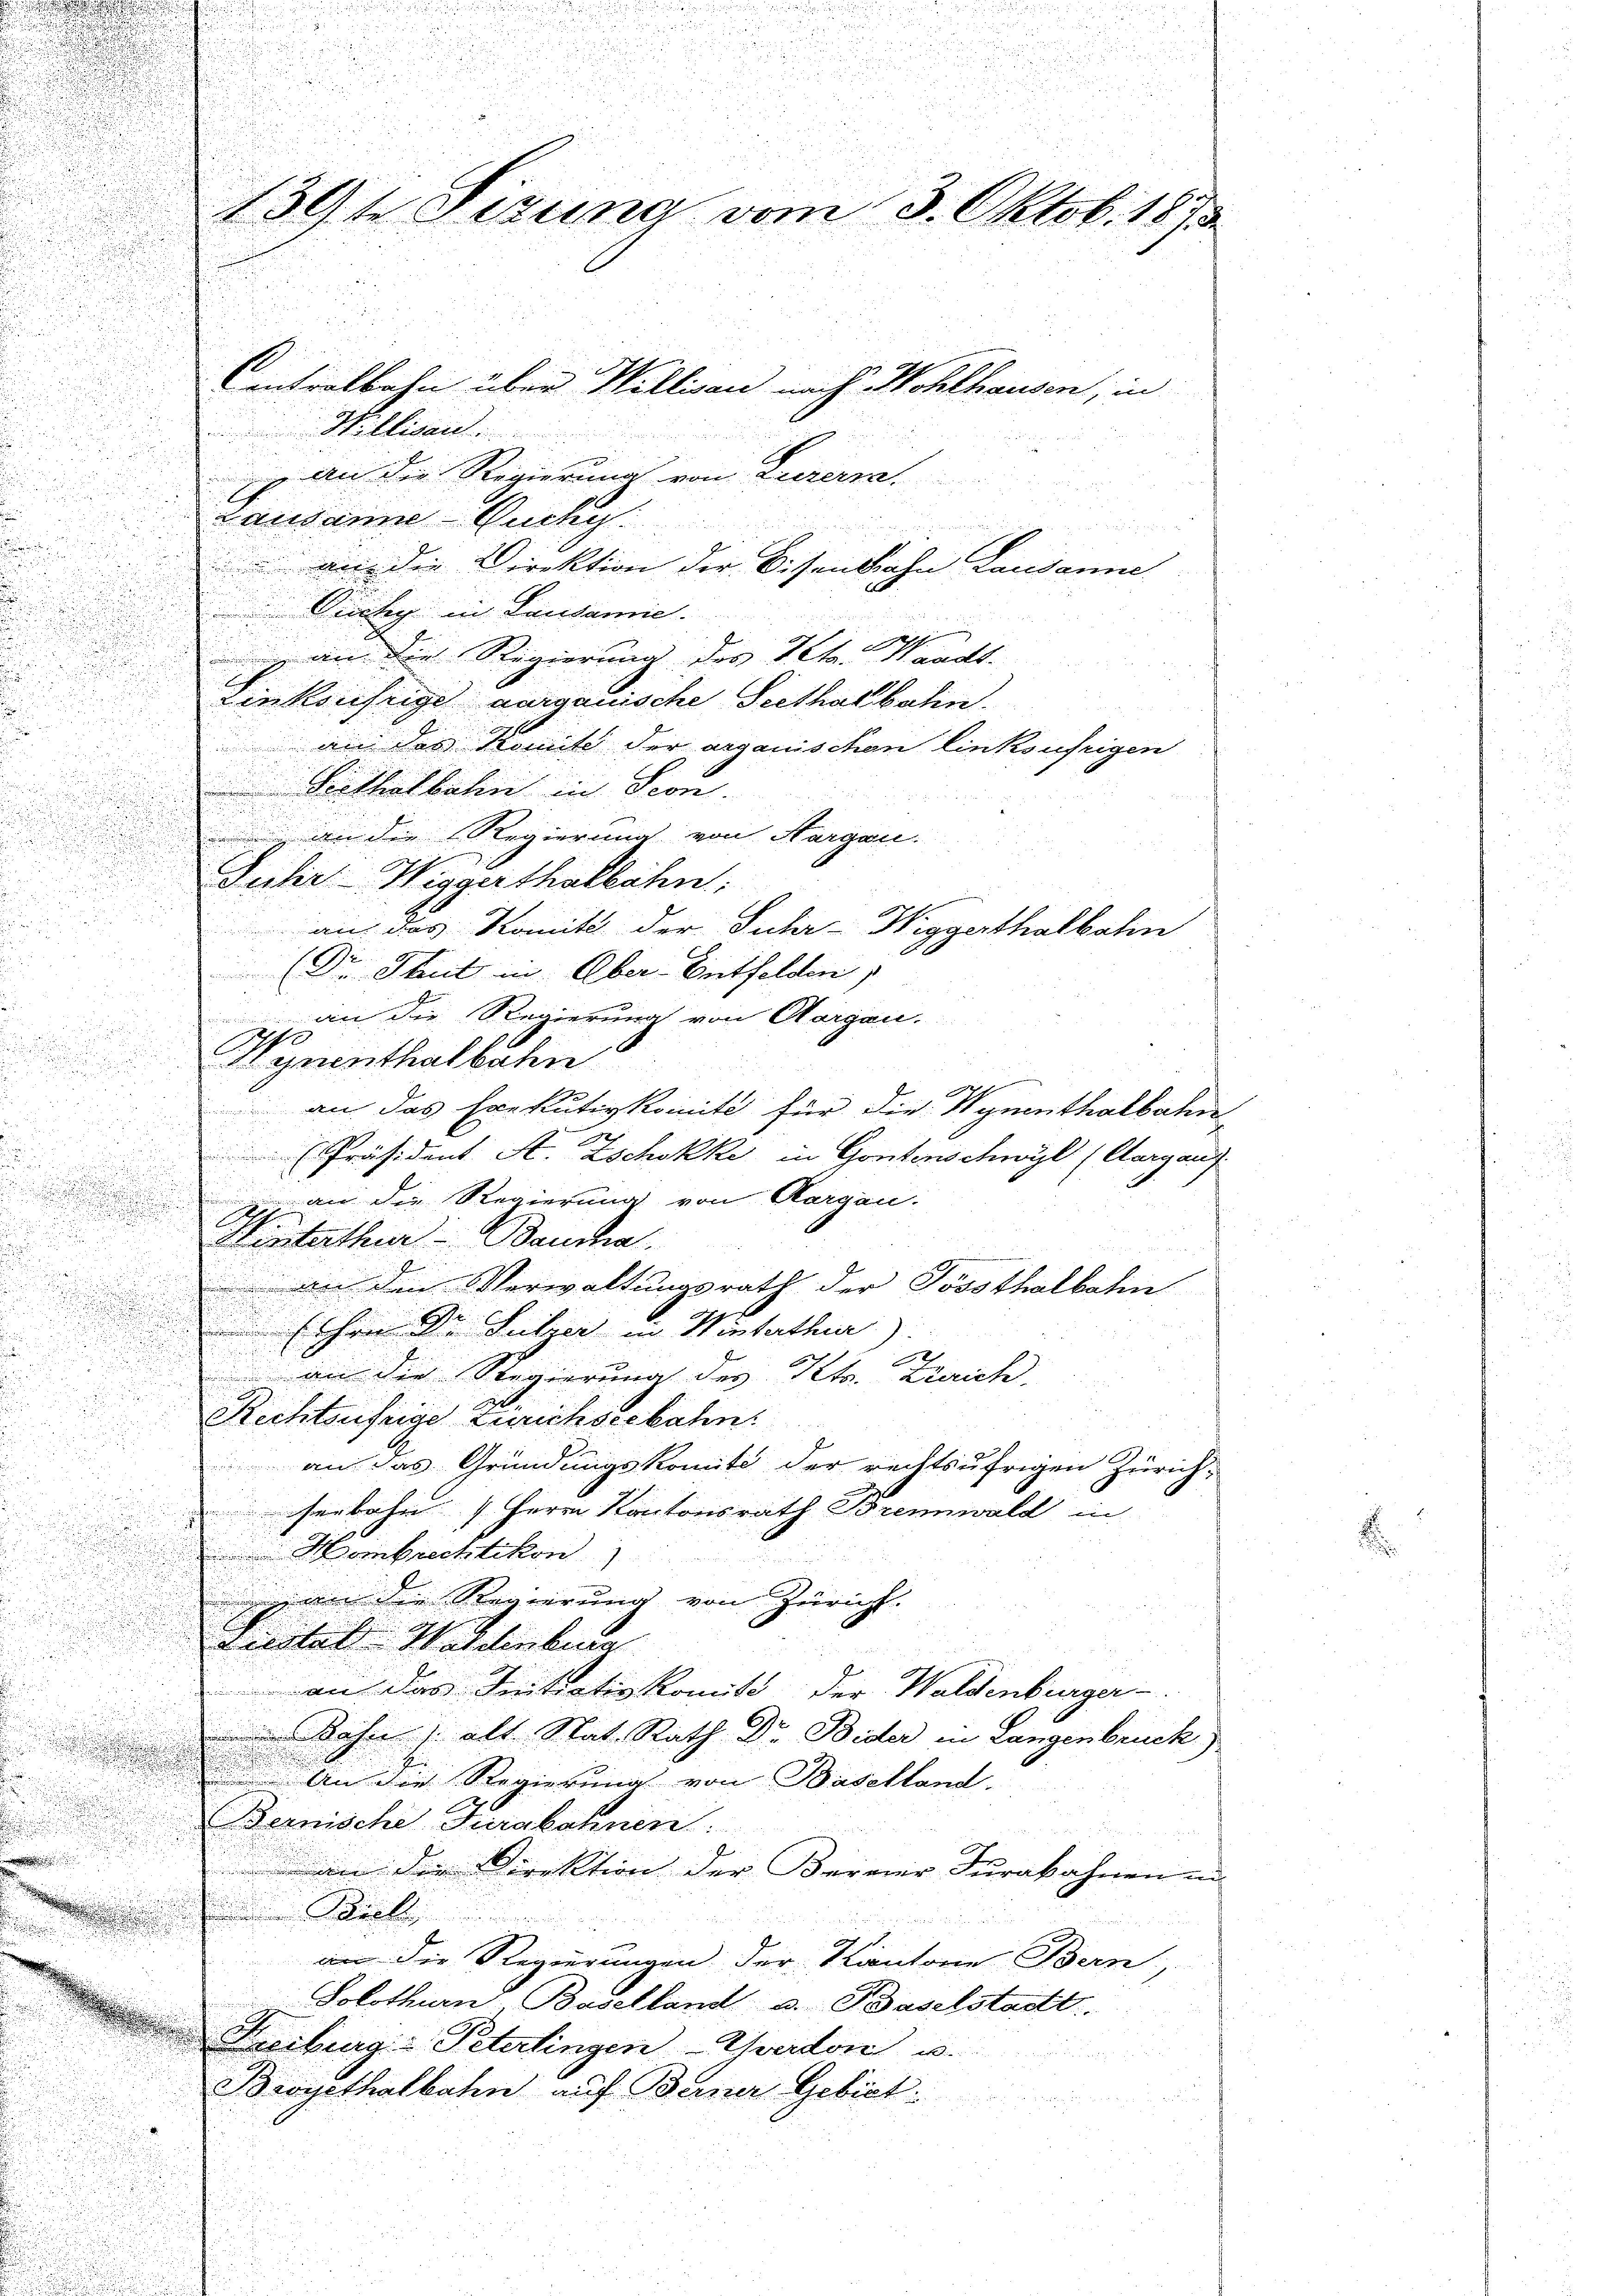
Eintralbahn über Willisau nach Wohlhausen, in
 Wallisard
 An die Regierung von Luzerra
Lausanne Buchy
i

 an die Direktion der Eisenbahn Lausanne
uchig in Laudame.
Ach
 an die Regierung des Petr. Waadt.
e
Einkonstige aargauische Seethaltbahn.
u
an des Komite der argauischen linksufrigen
Soithalbahn in Seon
, an die Regierung von Aargau.
Juhr-Wiggerthalbahn
an das Komit der Fuhr-Wiggerthalbahn
(Dr. Thut in Ober Entfelden
an die Regierung von Aargau.
.
.
n
Wynenthalbahn
e
an das Exekutivkomité für die Wynenthalbahn

r
Präsident A. Zschokke in Gontenschwyl (Aargau.
2
i
Ich an die Regierung von Aargau.
Winterthur–Bauma
 an die Verwaltungsrath der Possthalbahn
.
Eschen Dr Sulzer in Winterthur)

 an die Regierung des Kts. Zeich
s

Rechtsufrige Zwechseebahn.
u
d
an das Gründungskomite der rechtsufrigen Zürich-
i
serbahn Herrn Kantonsrath Brennwald in
 Hombrechtikon
n die Regierung von Züricht.
Liestal Waldenbera
an das Initiativkomit der Waldenburger
Dahn alt Stat. Rath Dr Bider in Langenbruck)
 An die Regierung von Baselland-
Bernische Furabahnen.
.
an die Direktion der Berner Furakahnen in
 Snell

an die Regierungen der Kantone Bern,
Solothurn, Baselland u. Baselstadt.
 Freiburgs Peterlingen-Evadon u.
u
Brogethalbahn auf Berner Gebiet.

n

139t Sezuna vom 13. Oktob. 187

.